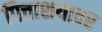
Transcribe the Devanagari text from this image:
पित्ताशयावर